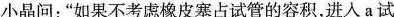
小晶问：”如果不考虑橡皮塞占试管的容积，进人a试